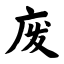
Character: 废